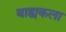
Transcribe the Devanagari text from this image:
बाह्यकला